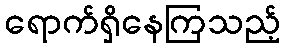
ရောက်ရှိနေကြသည့်